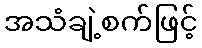
အသံချဲ့စက်ဖြင့်